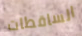
الساقطات